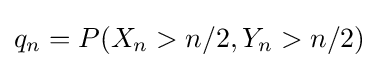
q_{n}=P(X_{n}>n/2,Y_{n}>n/2)